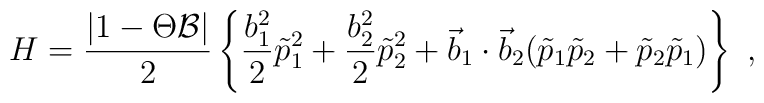
H=\frac{|1-\Theta{\cal B}|}{2}\left\{ \frac{b_1^2}{2} \tilde{p}_1^2 +\frac{b_2^2}{2} \tilde{p}_2^2 + {\vec b}_1 \cdot {\vec b}_2( \tilde{p}_1 \tilde{p}_2 + \tilde{p}_2 \tilde{p}_1 ) \right\}~,